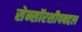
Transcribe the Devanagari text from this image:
सेन्सॉरशीपबद्दल